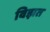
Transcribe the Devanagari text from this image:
विझत